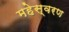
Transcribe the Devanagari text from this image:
महेस्वरण